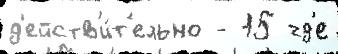
д'ейств'и́т'ельно - 15 гд'е